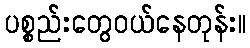
ပစ္စည်းတွေဝယ်နေတုန်း။